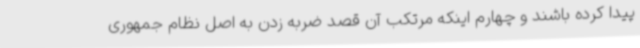
پیدا کرده باشند و چهارم اینکه مرتکب آن قصد ضربه زدن به اصل نظام جمهوری